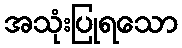
အသုံးပြုရသော